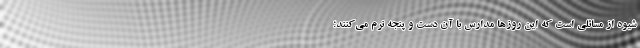
شیوه از مسائلی است که این روزها مدارس با آن دست و پنجه نرم می‌کنند؛